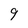
Character: 9